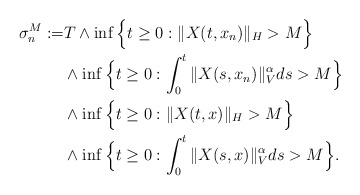
\begin{align*}\sigma_{n}^M := & T\wedge \inf\Big\{t\geq 0: \Vert X(t, x_n)\Vert_H> M \Big\} \\ & \wedge\inf\Big\{t\geq 0: \int_0^t\Vert X(s, x_n)\Vert_{V}^{\alpha}ds >M\Big\} \\ & \wedge \inf\Big\{t\geq 0: \Vert X(t, x)\Vert_H> M \Big\} \\ & \wedge\inf\Big\{t\geq 0: \int_0^t\Vert X(s, x)\Vert_{V}^{\alpha}ds >M\Big\} .\end{align*}